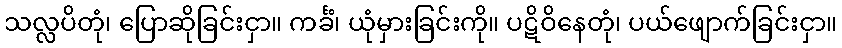
သလ္လပိတုံ၊ ပြောဆိုခြင်းငှာ။ ကင်္ခံ၊ ယုံမှားခြင်းကို။ ပဋိဝိနေတုံ၊ ပယ်ဖျောက်ခြင်းငှာ။